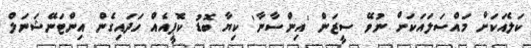
ކަލެއަކަށް މައްސަލައަކަށް ނުވޭ ސީޒަން 'އިންސާނާ' ކިޔާ ބޮޑު ކޮޕީއެއް ހަދައިގެން އިންޓަނޭޝަނަލް